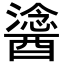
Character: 𨢯